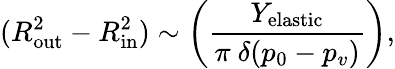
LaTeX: (R_{\mathrm{out}}^{2}-R_{\mathrm{in}}^{2})\sim\bigg(\frac{Y_{\mathrm{elastic}}}{\pi~\delta(p_{0}-p_{v})}\bigg),